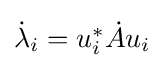
{\textstyle {\dot {\lambda }}_{i}=u_{i}^{*}{\dot {A}}u_{i}}